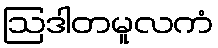
ဩဒါတမူလကံ